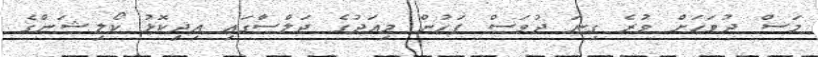
މަސް ދުވަހަށް ވުރެ ގިނަ ދުވަސް ފަހުން މިއަދުގެ ޖަލްސާގައި އިދިކޮޅު ކޯލިޝަންގެ